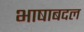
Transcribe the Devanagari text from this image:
भाषाबदल